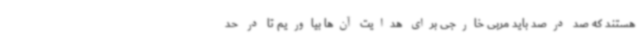
هستند که صد درصد باید مربی خارجی برای هدایت آن‌ها بیاوریم تا در حد